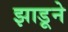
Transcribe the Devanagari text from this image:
झाडूने